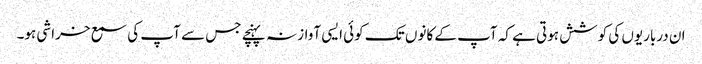
ان درباریوں کی کوشش ہوتی ہے کہ آپ کے کانوں تک کوئی ایسی آواز نہ پہنچے جس سے آپ کی سمع خراشی ہو۔